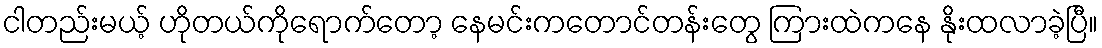
ငါတည်းမယ့် ဟိုတယ်ကိုရောက်တော့ နေမင်းကတောင်တန်းတွေ ကြားထဲကနေ နိုးထလာခဲ့ပြီ။